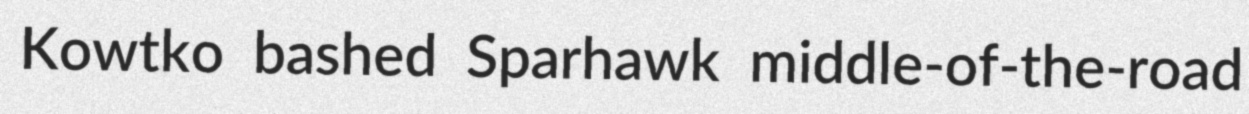
Kowtko bashed Sparhawk middle-of-the-road